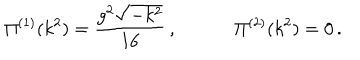
LaTeX: \Pi ^ { ( 1 ) } ( k ^ { 2 } ) = \frac { g ^ { 2 } \sqrt { - k ^ { 2 } } } { 1 6 } \, , \; \; \Pi ^ { ( 2 ) } ( k ^ { 2 } ) = 0 \, .